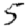
Digit: 5